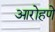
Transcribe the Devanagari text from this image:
आरोहणे